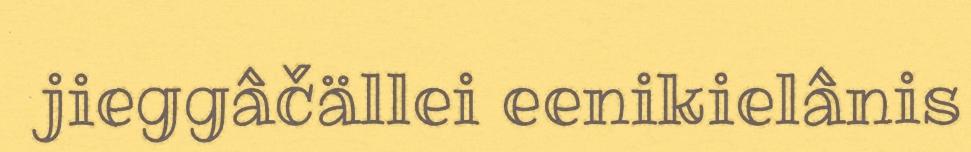
jieggâčällei eenikielânis